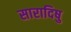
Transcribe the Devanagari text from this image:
सारादिषु